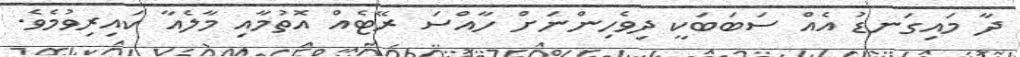
ދާ މައިގަނޑު އެއް ސަބަބަކީ ދިވެހިންނަށް ހާއްސަ ރޭޓެއް އޮތުމާއި މާލެއާ ކައިރިވުމެވެ.